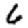
Digit: 6